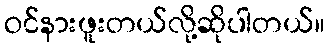
ဝင်နားဖူးတယ်လို့ဆိုပါတယ်။